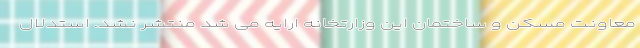
معاونت مسکن و ساختمان این وزارتخانه ارایه می شد منتشر نشد. استدلال